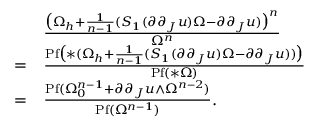
\begin{array} { r l } & { \frac { \big ( \Omega _ { h } + \frac { 1 } { n - 1 } ( S _ { 1 } ( \partial \partial _ { J } u ) \Omega - \partial \partial _ { J } u ) \big ) ^ { n } } { \Omega ^ { n } } } \\ { = } & { \frac { \mathrm { P f } \big ( \ast ( \Omega _ { h } + \frac { 1 } { n - 1 } ( S _ { 1 } ( \partial \partial _ { J } u ) \Omega - \partial \partial _ { J } u ) ) \big ) } { \mathrm { P f } ( \ast \Omega ) } } \\ { = } & { \frac { \mathrm { P f } ( \Omega _ { 0 } ^ { n - 1 } + \partial \partial _ { J } u \wedge \Omega ^ { n - 2 } ) } { \mathrm { P f } ( \Omega ^ { n - 1 } ) } . } \end{array}